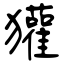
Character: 獾